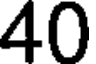
40